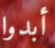
أبدوا